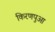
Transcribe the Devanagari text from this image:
किरणपुआ